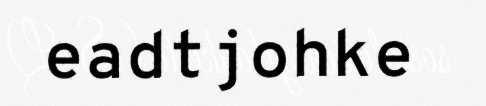
eadtjohke